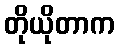
တိုယိုတာက